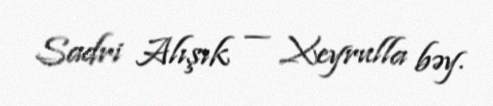
Sadri Alışık — Xeyrulla bəy.